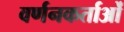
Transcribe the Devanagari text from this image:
वर्णनकर्ताओं